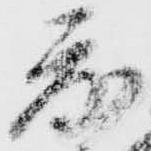
度